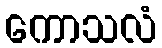
ကောသလံ